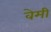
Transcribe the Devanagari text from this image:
वेमी